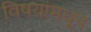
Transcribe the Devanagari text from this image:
विषयांमधून